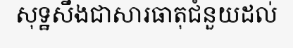
សុទ្ឋសឹងជាសារធាតុជំនួយដល់